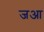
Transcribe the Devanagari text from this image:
जआ